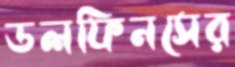
ডলফিনসের